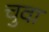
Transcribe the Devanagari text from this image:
चुवा